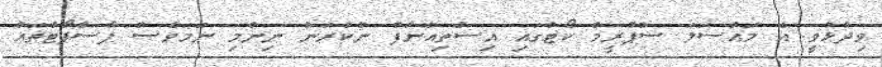
ވިދާޅުވީ އެ މައްސަލަ ސުޕްރީމް ކޯޓުގައި އިސްތިއުނާފް ނުކުރަން ނިންމި ނަމަވެސް ޕާސްޕޯޓްތައް